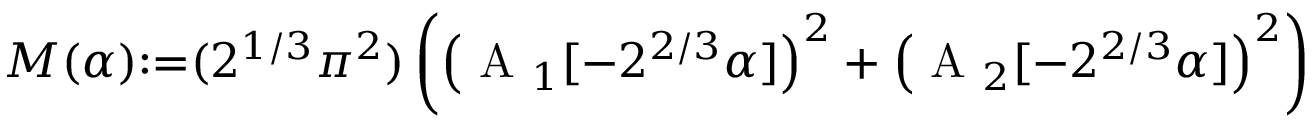
M ( \alpha ) { : = } ( 2 ^ { 1 / 3 } \pi ^ { 2 } ) \left( \left( \mathrm { ~ A ~ } _ { 1 } [ { - } 2 ^ { 2 / 3 } \alpha ] \right) ^ { 2 } + \left( \mathrm { ~ A ~ } _ { 2 } [ { - } 2 ^ { 2 / 3 } \alpha ] \right) ^ { 2 } \right)